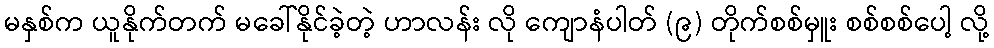
မနှစ်က ယူနိုက်တက် မခေါ်နိုင်ခဲ့တဲ့ ဟာလန်း လို ကျောနံပါတ် (၉) တိုက်စစ်မှူး စစ်စစ်ပေါ့ လို့